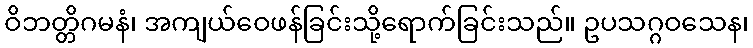
ဝိဘတ္တိဂမနံ၊ အကျယ်ဝေဖန်ခြင်းသို့ရောက်ခြင်းသည်။ ဥပသဂ္ဂဝသေန၊